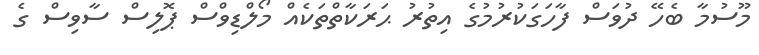
މޫސުމާ ބެހޭ ދުވަސް ފާހަގަކުރުމުގެ އިތުރު ޙަރަކާތްތަކެއް މޯލްޑިވްސް ޕޮލިސް ސާވިސް ގެ